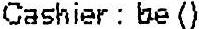
CASHIER : BE ()